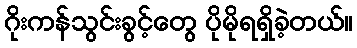
ဂိုးကန်သွင်းခွင့်တွေ ပိုမိုရရှိခဲ့တယ်။